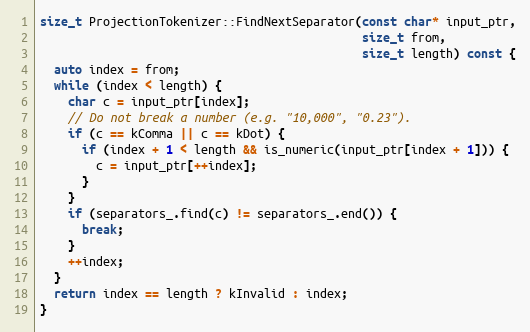
Language: C++
size_t ProjectionTokenizer::FindNextSeparator(const char* input_ptr,
                                              size_t from,
                                              size_t length) const {
  auto index = from;
  while (index < length) {
    char c = input_ptr[index];
    // Do not break a number (e.g. "10,000", "0.23").
    if (c == kComma || c == kDot) {
      if (index + 1 < length && is_numeric(input_ptr[index + 1])) {
        c = input_ptr[++index];
      }
    }
    if (separators_.find(c) != separators_.end()) {
      break;
    }
    ++index;
  }
  return index == length ? kInvalid : index;
}